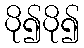
ပို၍ပို၍